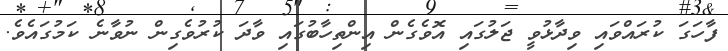
ފާހަގަ ކުރައްވައި ވިދާޅުވީ ޖަލުގައި އޮވެގެން އިންތިހާބުގައި ވާދަ ކުރުވެގިން ނުވާނެ ކަމުގައެވެ.